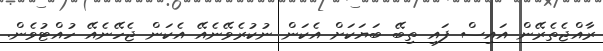
ރާއްޖެތެރޭން އައިސް ފައި ތިބޭ ބަޔަކަށް އެކަން ނުކުރެވޭނެއޭ އެކަން ޖެހޭނެއޭ ހުއްޓުވެން.